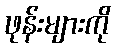
ဖုန်းများကို